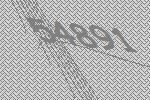
54891